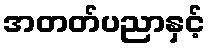
အတတ်ပညာနှင့်